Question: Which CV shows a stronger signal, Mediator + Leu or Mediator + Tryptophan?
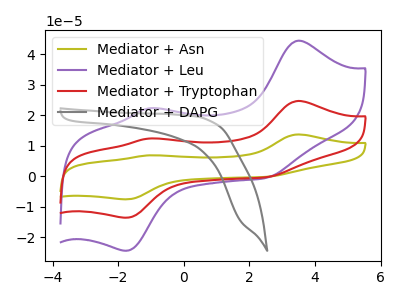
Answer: <think>The olive curve "Mediator + Asn" has anodic peaks at (3.50V, 49.45uA) (-1.10V, 24.75uA) and cathodic peaks at (-1.75V, -27.10uA) (2.55V, -0.50uA). The purple curve "Mediator + Leu" has anodic peaks at (3.50V, 44.50uA) (-1.10V, 22.30uA) and cathodic peaks at (-1.75V, -24.40uA) (2.55V, -0.45uA). The red curve "Mediator + Tryptophan" has anodic peaks at (3.50V, 24.75uA) (-1.10V, 12.40uA) and cathodic peaks at (-1.75V, -13.55uA) (2.55V, -0.25uA). The gray curve "Mediator + DAPG" has no peaks.
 All the peaks in "Mediator + Leu" have a peak in "Mediator + Tryptophan" at the same potential. Every peak in "Mediator + Leu" is higher than every peak in "Mediator + Tryptophan".</think>
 <answer>"Mediator + Leu" has more signal than "Mediator + Tryptophan".</answer>
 <eval>more_signal</eval>